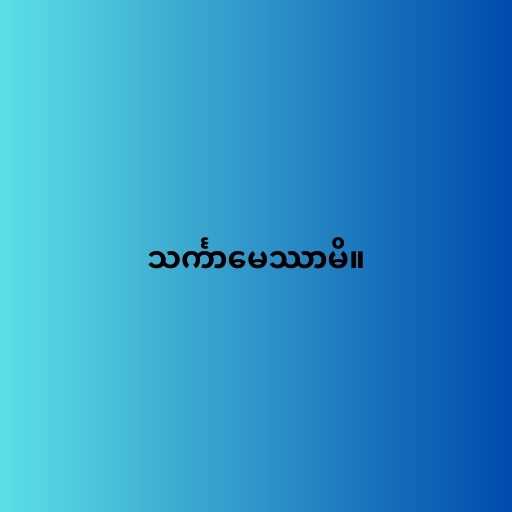
သင်္ကာမေဿာမိ။